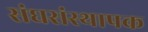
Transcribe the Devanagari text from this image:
संघसंस्थापक